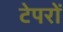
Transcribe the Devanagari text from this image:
टेपरों